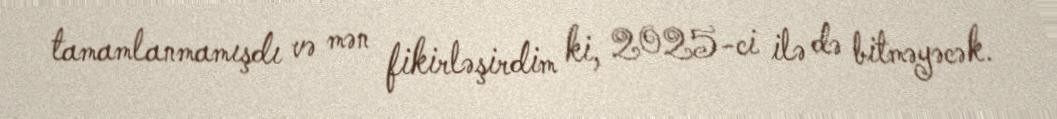
tamamlanmamışdı və mən fikirləşirdim ki, 2025-ci ilə də bitməyəcək.